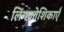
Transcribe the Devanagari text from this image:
लिंगकोशिकाएँ